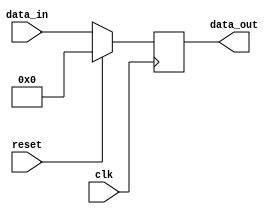
module synchronous_reset (
    input wire clk,          // Clock input
    input wire reset,        // Active high reset signal
    input wire [7:0] data_in, // Input data
    output reg [7:0] data_out // Output data
);

// Define the reset value
parameter RESET_VALUE = 8'b00000000;

always @(posedge clk) begin
    if (reset) begin
        // Synchronous reset: set output to reset value
        data_out <= RESET_VALUE;
    end else begin
        // Normal operation: update output with input data
        data_out <= data_in;
    end
end

endmodule